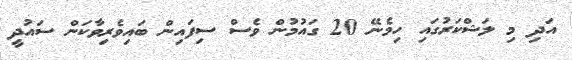
އަދި މި ލަޝްކަރުގައި ހިމެނޭ 20 ގައުމުން ވެސް ސިފައިން ބައިވެރިވާކަން ސައުދީ